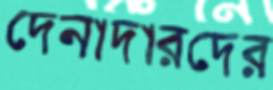
দেনাদারদের